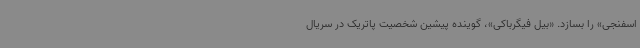
اسفنجی» را بسازد. «بیل فیگرباکی»، گوینده پیشین شخصیت پاتریک در سریال